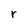
Character: r